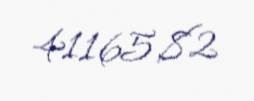
41165,82